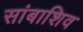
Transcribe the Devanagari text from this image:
सांबाशिव